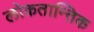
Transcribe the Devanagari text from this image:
लोकतान्तिक